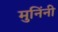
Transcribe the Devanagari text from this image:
मुनिंनी